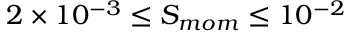
2 \times 1 0 ^ { - 3 } \leq S _ { m o m } \leq 1 0 ^ { - 2 }